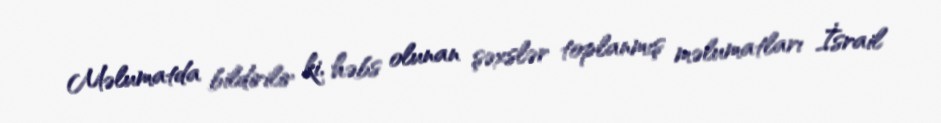
Məlumatda bildirilir ki, həbs olunan şəxslər toplanmış məlumatları İsrail